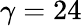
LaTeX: \gamma=24